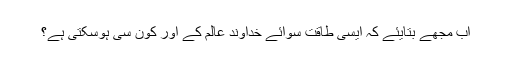
اب مجھے بتایئے کہ ایسی طاقت سوائے خداوند عالم کے اور کون سی ہوسکتی ہے؟